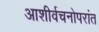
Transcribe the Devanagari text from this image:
आशीर्वचनोपरांत